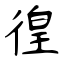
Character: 徨